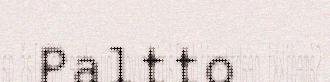
Paltto